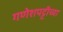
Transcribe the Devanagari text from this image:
गणेशपट्टीच्या